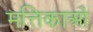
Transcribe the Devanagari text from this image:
मत्तिकाओं